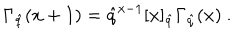
\Gamma _ { \hat { q } } ( x + 1 ) = \hat { q } ^ { x - 1 } [ x ] _ { \hat { q } } \Gamma _ { \hat { q } } ( x ) ~ .